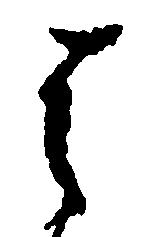
は